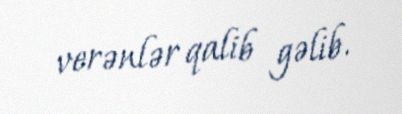
verənlər qalib gəlib.